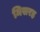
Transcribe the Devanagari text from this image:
मिसरह